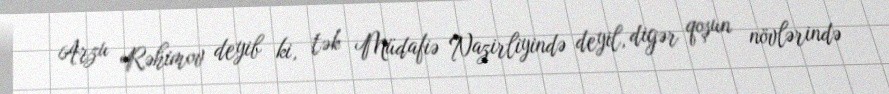
Arzu Rəhimov deyib ki, tək Müdafiə Nazirliyində deyil, digər qoşun növlərində